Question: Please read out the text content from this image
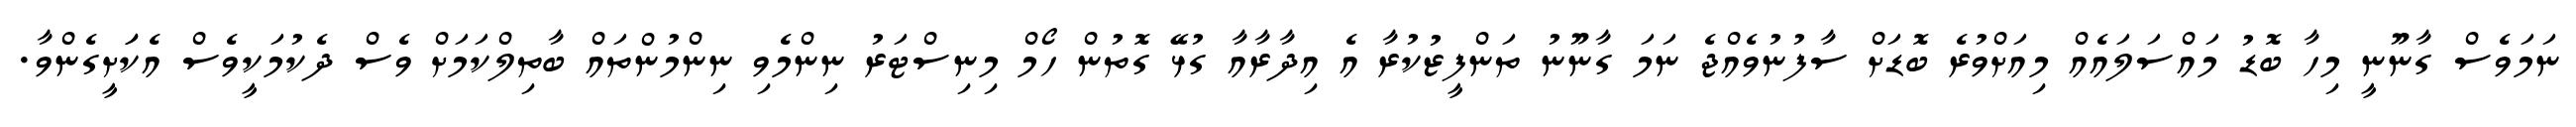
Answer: ނަމަވެސް ގާނޫނީ މިހާ ބޮޑު މައްސަލައެއް މިއަށްވުރެ ބޮޑަށް ސާފުނުވެއްޖެ ނަމަ ގާނޫނު ތަންފީޒުކުރާ އެ އިދާރާއާ ގުޅޭ ގޮތުން ހޯމް މިނިސްޓަރު ނިންމެވި ނިންމުންތައް ބާތިލްކަމަށް ވެސް ދެކުމަކީވެސް އެކަަށީގެންވާ.